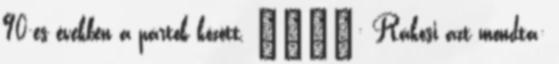
90-es években a pártok között. Союз: Rákosi azt mondta: